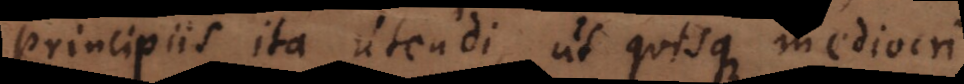
principiis ita utendi, ut quisque mediocri